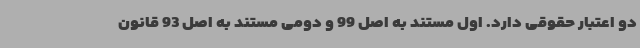
دو اعتبار حقوقی دارد. اول مستند به اصل 99 و دومی مستند به اصل 93 قانون